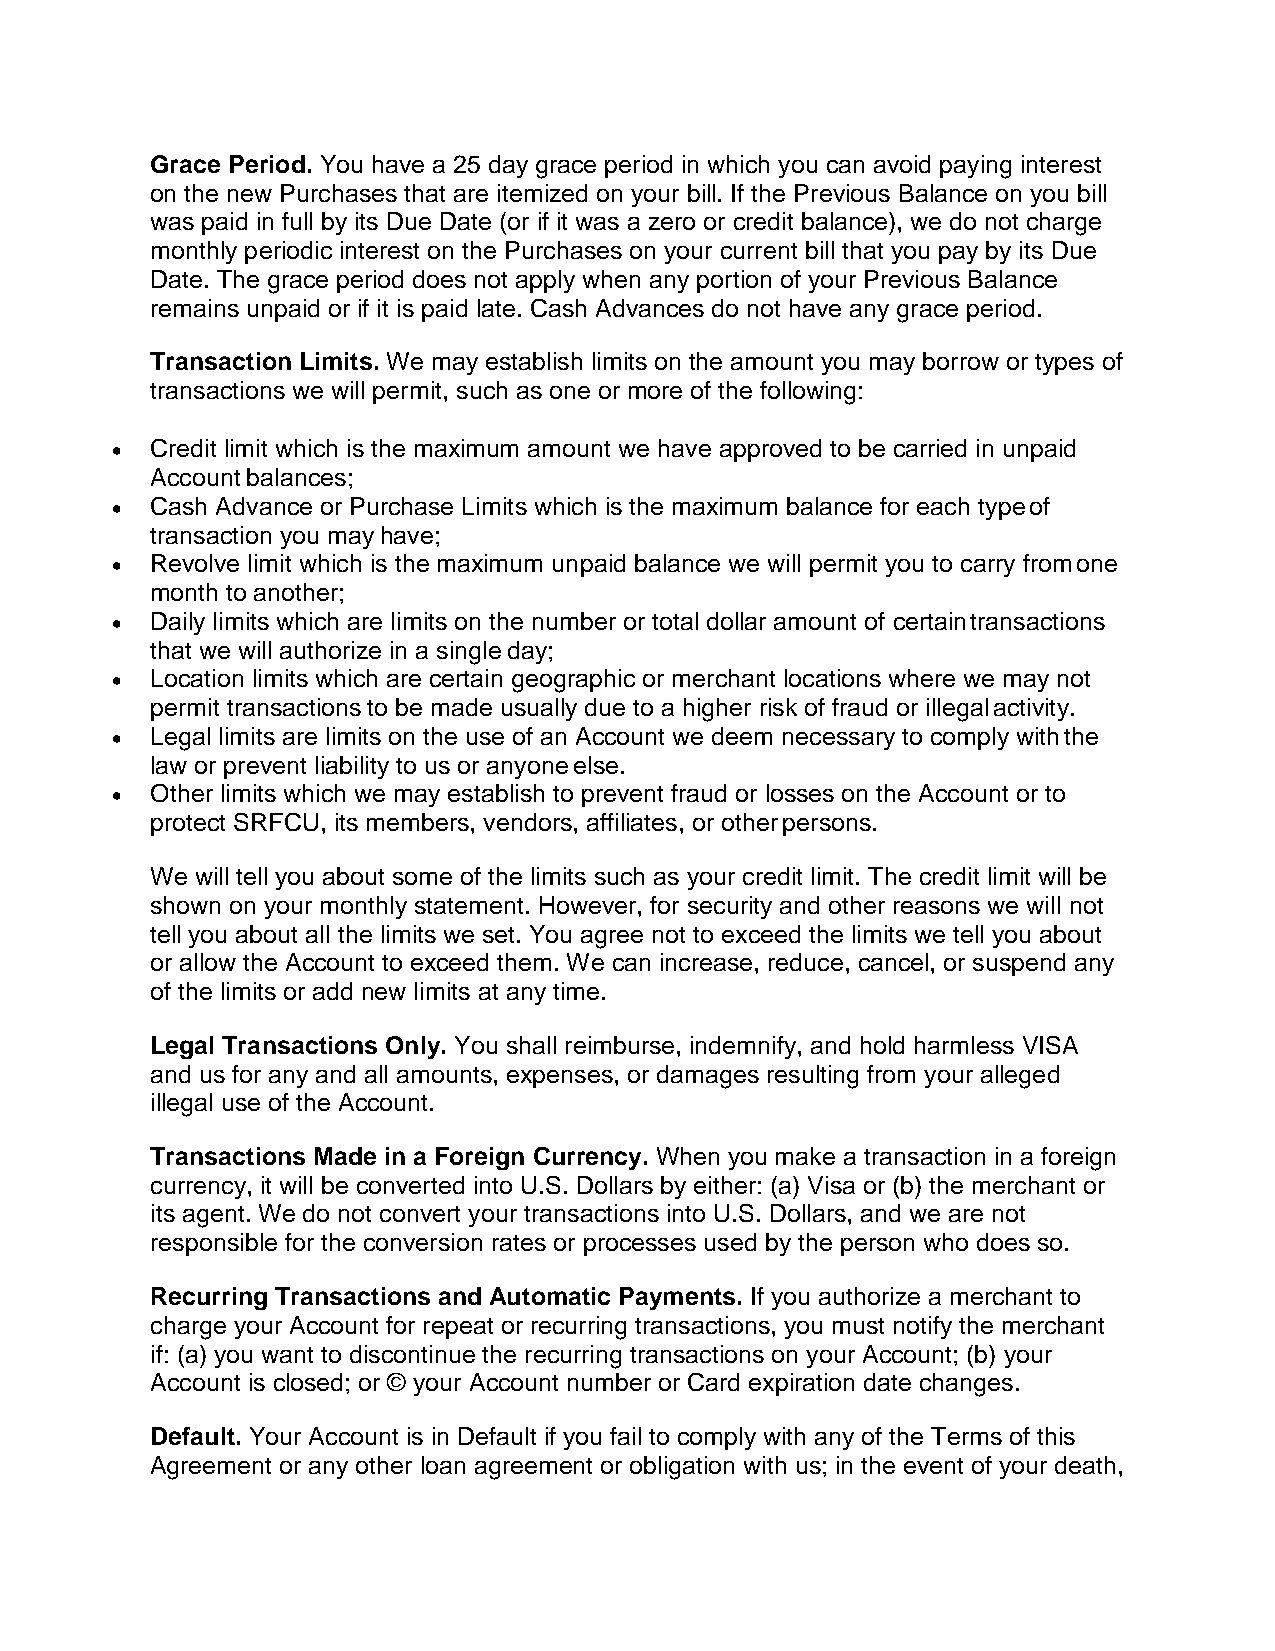
Grace Period. You have a 25 day grace period in which you can avoid paying interest
 on the new Purchases that are itemized on your bill. If the Previous Balance on you bill
 was paid in full by its Due Date (or if it was a zero or credit balance), we do not charge
 monthly periodic interest on the Purchases on your current bill that you pay by its Due
 Date. The grace period does not apply when any portion of your Previous Balance
 remains unpaid or if it is paid late. Cash Advances do not have any grace period.
 Transaction Limits. We may establish limits on the amount you may borrow or types of
 transactions we will permit, such as one or more of the following:
 •  Credit limit which is the maximum amount we have approved to be carried in unpaid
 Account balances;
 •  Cash Advance or Purchase Limits which is the maximum balance for each type of
 transaction you may have;
 •  Revolve limit which is the maximum unpaid balance we will permit you to carry from one
 month to another;
 •  Daily limits which are limits on the number or total dollar amount of certain transactions
 that we will authorize in a single day;
 •  Location limits which are certain geographic or merchant locations where we may not
 permit transactions to be made usually due to a higher risk of fraud or illegal activity.
 •  Legal limits are limits on the use of an Account we deem necessary to comply with the
 law or prevent liability to us or anyone else.
 •  Other limits which we may establish to prevent fraud or losses on the Account or to
 protect SRFCU, its members, vendors, affiliates, or other persons.
 We will tell you about some of the limits such as your credit limit. The credit limit will be
 shown on your monthly statement. However, for security and other reasons we will not
 tell you about all the limits we set. You agree not to exceed the limits we tell you about
 or allow the Account to exceed them. We can increase, reduce, cancel, or suspend any
 of the limits or add new limits at any time.
 Legal Transactions Only. You shall reimburse, indemnify, and hold harmless VISA
 and us for any and all amounts, expenses, or damages resulting from your alleged
 illegal use of the Account.
 Transactions Made in a Foreign Currency. When you make a transaction in a foreign
 currency, it will be converted into U.S. Dollars by either: (a) Visa or (b) the merchant or
 its agent. We do not convert your transactions into U.S. Dollars, and we are not
 responsible for the conversion rates or processes used by the person who does so.
 Recurring Transactions and Automatic Payments. If you authorize a merchant to
 charge your Account for repeat or recurring transactions, you must notify the merchant
 if: (a) you want to discontinue the recurring transactions on your Account; (b) your
 Account is closed; or © your Account number or Card expiration date changes.
 Default. Your Account is in Default if you fail to comply with any of the Terms of this
 Agreement or any other loan agreement or obligation with us; in the event of your death,